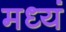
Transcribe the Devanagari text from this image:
मध्यं